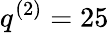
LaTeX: q^{(2)}=25